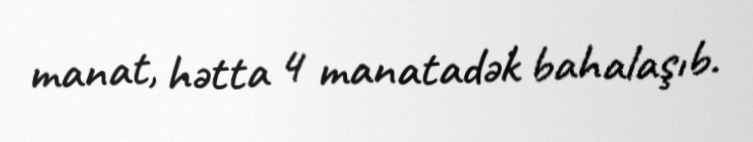
manat, hətta 4 manatadək bahalaşıb.